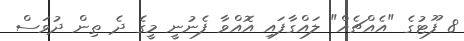
8 ފޫޓުގެ "އެއްޗެއް" ލައްގާފައި އޮއްވާ ފެނުނީ މީގެ ދެ ތިން ދުވަސް